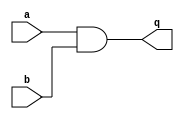
module top_module (
    input a,
    input b,
    output q );//

    assign q = a & b; // output == 1 only when a=1 and b=1

endmodule